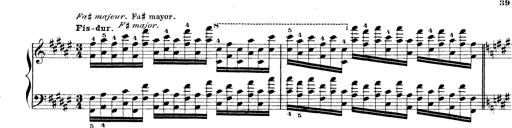
Title: Technische Studien
Composer: Franz Liszt